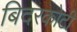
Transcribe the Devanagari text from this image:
बिदरकोटी